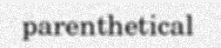
parenthetical